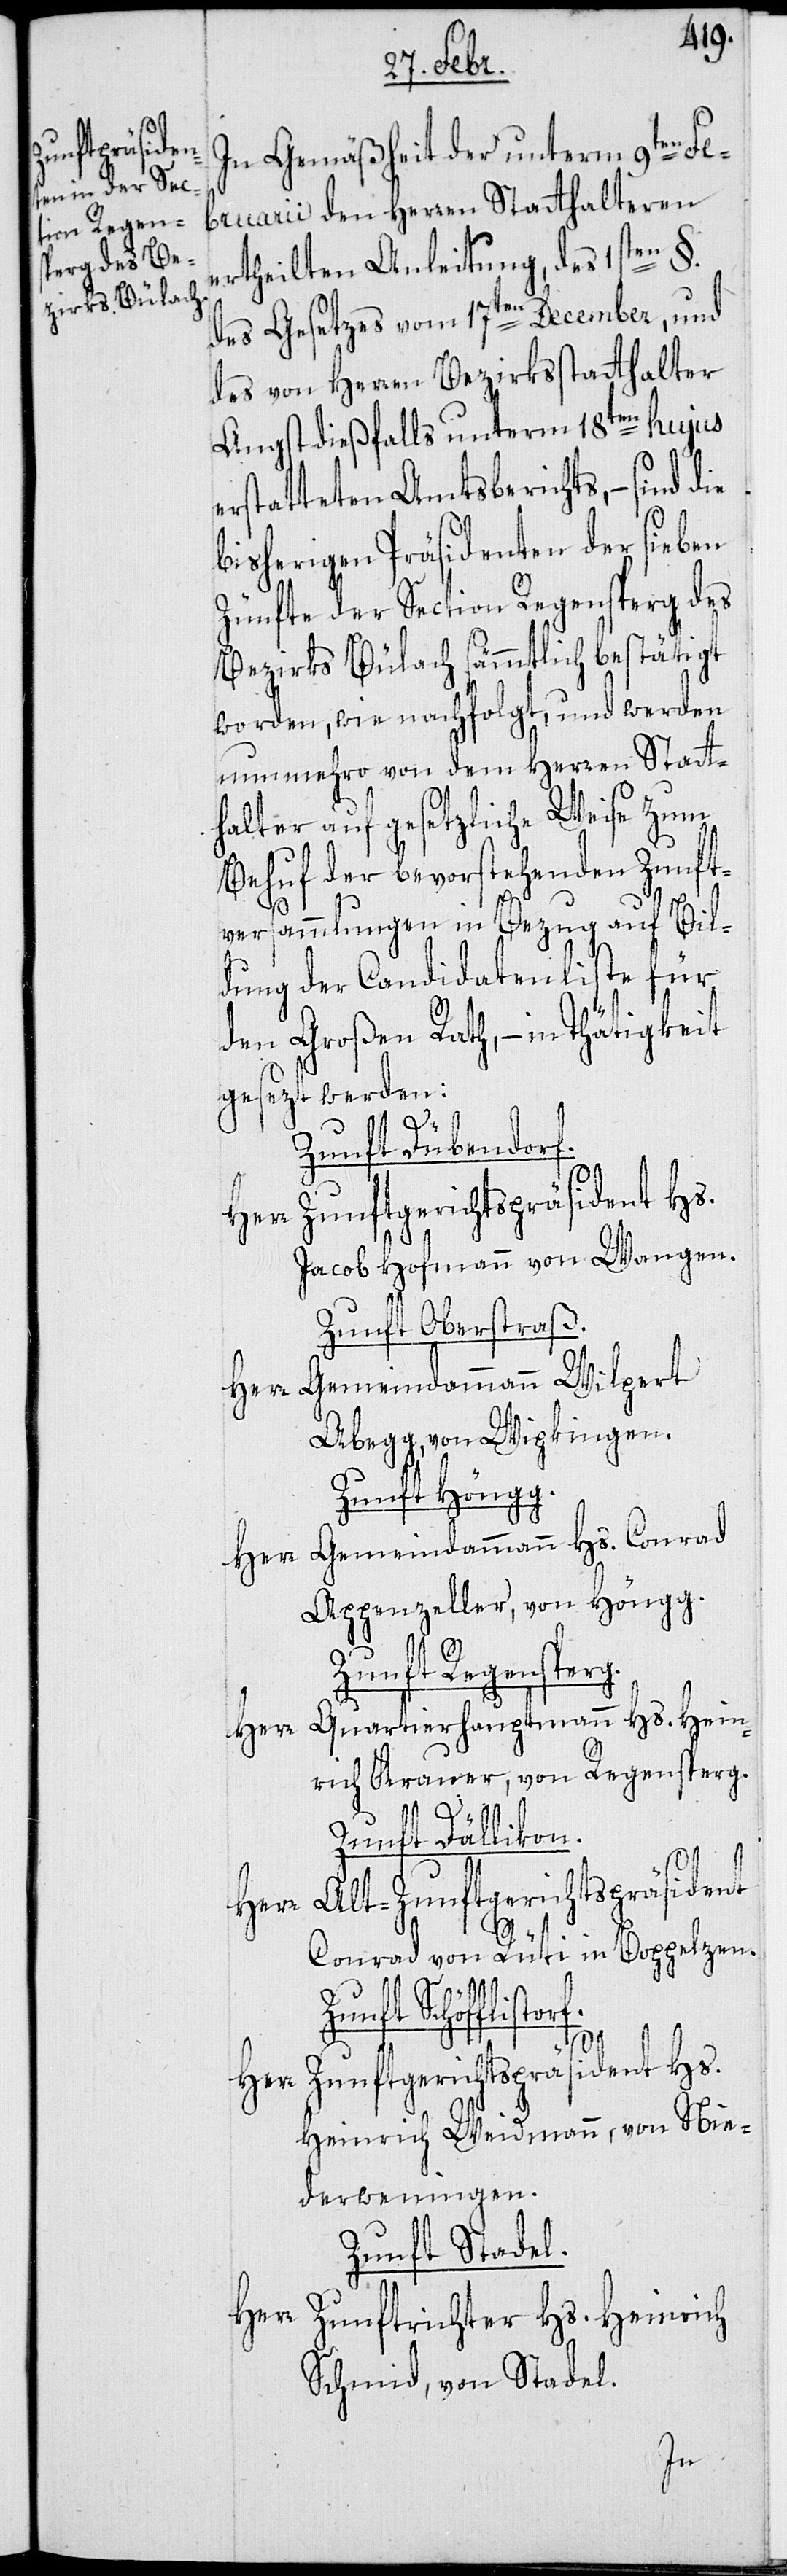
In Gemäßheit der unterm 9ten Fe¬
bruarii den Herren Statthalteren
ertheilten Anleitung, des 1sten §.
des Gesetzes vom 17ten December, und
des von Herren Bezirksstatthalter
Angst dießfalls unterm 18ten hujus
erstatteten Amtsberichts, – sind die
bisherigen Präsidenten der sieben
Zünfte der Section Regensperg des
Bezirks Bülach sämmtlich bestätigt
worden, wie nachfolgt, und werden
nunmehro von dem Herren Statt¬
halter auf gesetzliche Weise zum
Behuf der bevorstehenden Zunft¬
versammlungen in Bezug auf Bil¬
dung der Candidatenliste für
den Großen Rath, – in Thätigkeit
gesezt werden:
Zunft Dübendorf.
Herr Zunftgerichtspräsident Hs.
Jacob Hofmann von Wangen.
Zunft Oberstraß.
Herr Gemeindammann Wilpert
Abegg, von Wipkingen.
Zunft Höngg.
Herr Gemeindammann Hs. Conrad
Appenzeller, von Höngg.
Zunft Regensper¬
Quartierhauptmann Hs. Hein¬
rich Krauer, von Regensperg.
Zunft Dällikon.
Alt-Zunftgerichtspräsident
Conrad von Rüti, in Boppelzen.
Zunft Schöfflistorf.
g.
Zunftgerichtspräsident Hs.
Heinrich Weidmann, von Nie¬
derweningen.
Zunft Stadel.
Herr
Zunftrichter Hs. Heinrich
Schmid, von Stadel.